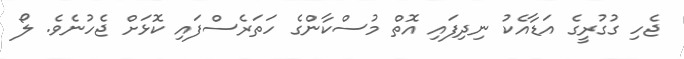
ޖެހި ގުގުރީގެ އަޑާއެކު ނިދިފައި އޮތް މުސްކާންގެ ހަތަރެސްފައި ކޮޅަށް ޖެހުނެވެ. ލޯ